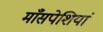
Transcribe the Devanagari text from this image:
माँसपेशियां